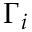
\Gamma _ { i }